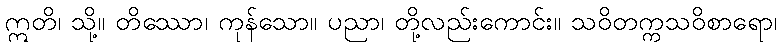
ဣတိ၊ သို့။ တိဿော၊ ကုန်သော။ ပညာ၊ တို့လည်းကောင်း။ သဝိတက္ကသဝိစာရော၊